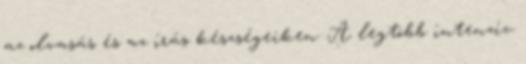
az olvasás és az írás készségeiken. A legtöbb intenzív